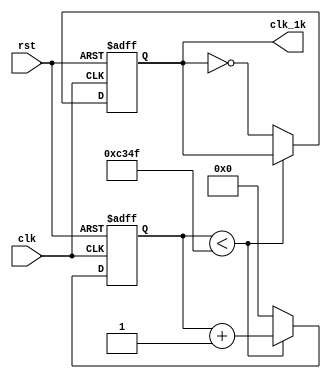
module filter(
    input clk,rst,

    output reg clk_1k
);

    parameter NUM_DIV = 100000;
    reg [16:0] cnt;

    always@(posedge clk ,posedge rst)
    begin
        if(rst) begin cnt<=0; clk_1k<=0; end
        else begin
            if(cnt<NUM_DIV/2-1)
            begin
                cnt<=cnt+1;
                clk_1k<=clk_1k;
            end
            else
            begin 
                cnt<=0;
                clk_1k<=~clk_1k;
            end
        end
    end


endmodule